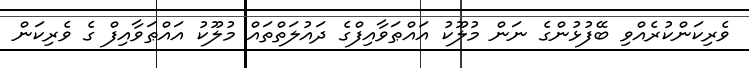
ވެރިކަންކުރެއްވި ބޭފުޅުންގެ ނަން މުލޫކު އައްޠަވާއިފްގެ ދައުލަތްތައް މުލޫކު އައްޠަވާއިފް ގެ ވެރިކަން